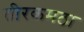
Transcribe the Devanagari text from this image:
तीरकमठा